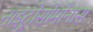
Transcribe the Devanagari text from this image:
नाइट्रोसोमोनास